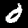
Label: 6